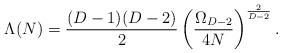
LaTeX: \begin{align*}\Lambda(N) = {(D-1)(D-2)\over 2} \left( {\Omega_{D-2}\over 4N}\right)^{2\over D-2}.\end{align*}